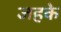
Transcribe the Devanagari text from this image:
जहके